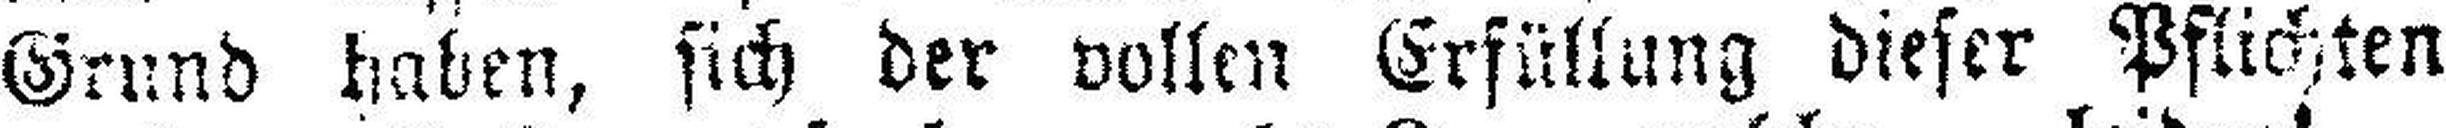
Grund haben, sich der vollen Erfüllung dieser Pflichten